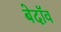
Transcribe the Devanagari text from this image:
बेदॉव